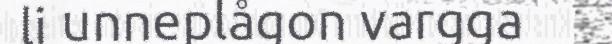
li unneplågon vargga